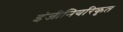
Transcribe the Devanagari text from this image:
इंजीनियरिकृत